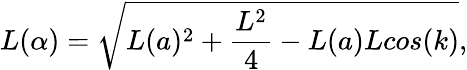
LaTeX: L(\alpha)=\sqrt{L(a)^{2}+\frac{L^{2}}{4}-L(a)Lcos(k)},